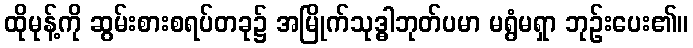
ထိုမုန့်ကို ဆွမ်းစားစရပ်တခု၌ အမြိုက်သုဒ္ဓါဘုတ်ပမာ မရွံမရှာ ဘုဉ်းပေး၏။